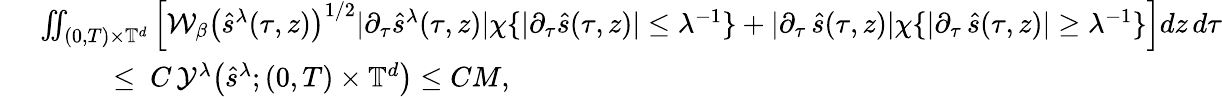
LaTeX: \begin{array}{rl}&{\ \iint_{(0,T)\times\mathbb{T}^{d}}\Big[\mathcal{W}_{\beta}\big(\hat{s}^{\lambda}(\tau,z)\big)^{1/2}|\partial_{\tau}\hat{s}^{\lambda}(\tau,z)|\chi{\{ |\partial_{\tau}\hat{s}(\tau,z)|\leq\lambda^{-1}\} }+|\partial_{\tau}\, \hat{s}(\tau,z)|\chi{\{ |\partial_{\tau}\, \hat{s}(\tau,z)|\geq\lambda^{-1}\} }\Big]dz\, d\tau}\\ &{\quad\quad\quad\leq\ C\, \mathcal{Y}^{\lambda}\big(\hat{s}^{\lambda};{(0,T)\times\mathbb{T}^{d}}\big)\leq CM,}\end{array}